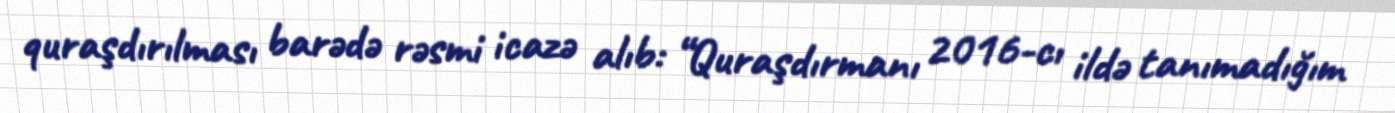
quraşdırılması barədə rəsmi icazə alıb: “Quraşdırmanı 2016-cı ildə tanımadığım